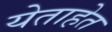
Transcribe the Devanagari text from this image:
येताहेत